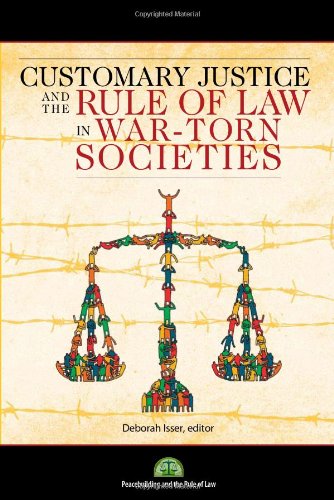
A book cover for CUSTOMARY JUSTICE AND THE RULE OF LAW IN WAR-TORN SOCIETIES; Law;